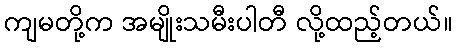
ကျမတို့က အမျိုးသမီးပါတီ လို့ထည့်တယ်။